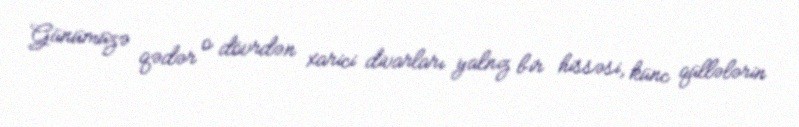
Günümüzə qədər o dövrdən xarici divarları yalnız bir hissəsi, künc qüllələrin